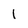
Character: 1